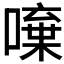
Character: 𠾍